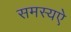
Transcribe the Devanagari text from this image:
समस्यऐ